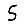
Digit: 5